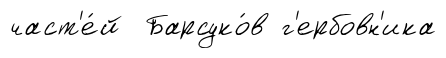
част'е́й Барсуко́в г'ербовн'ика